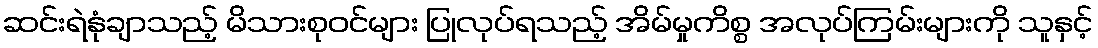
ဆင်းရဲနုံချာသည့် မိသားစုဝင်များ ပြုလုပ်ရသည့် အိမ်မှုကိစ္စ အလုပ်ကြမ်းများကို သူနှင့်